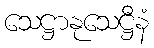
သေဋ္ဌာနုသေဋ္ဌီနံ